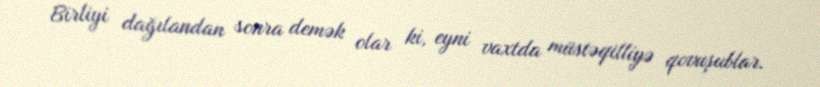
Birliyi dağılandan sonra demək olar ki, eyni vaxtda müstəqilliyə qovuşublar.